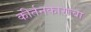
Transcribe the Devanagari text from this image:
कीर्तनकाराचा